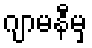
ဂျာမနီမှ